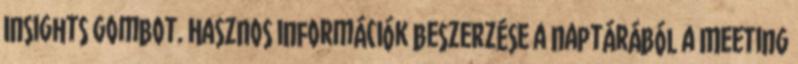
Insights gombot. Hasznos információk beszerzése a naptárából a Meeting